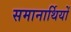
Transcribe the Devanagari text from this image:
समानार्थियों